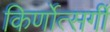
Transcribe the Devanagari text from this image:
किर्णोत्सर्गी